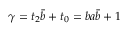
\gamma = t _ { 2 } \bar { b } + t _ { 0 } = b a \bar { b } + 1